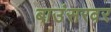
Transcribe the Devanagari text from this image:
बाउंसरवर